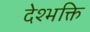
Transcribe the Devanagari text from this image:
देश्भक्ति